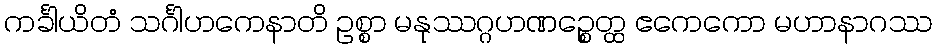
ကင်္ခါယိတံ သင်္ဂါဟကေနာတိ ဥစ္စာ မနုဿဂ္ဂဟဏဉ္စေတ္ထ ဧကေကော မဟာနာဂဿ